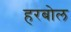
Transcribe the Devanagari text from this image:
हरबोल